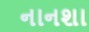
નાનશા